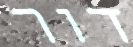
דור